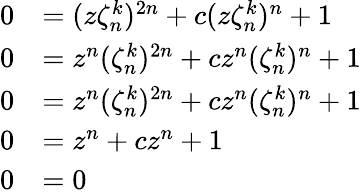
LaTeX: \begin{array}{rl}{0}&{=(z\zeta_{n}^{k})^{2n}+c(z\zeta_{n}^{k})^{n}+1}\\ {0}&{=z^{n}(\zeta_{n}^{k})^{2n}+cz^{n}(\zeta_{n}^{k})^{n}+1}\\ {0}&{=z^{n}(\zeta_{n}^{k})^{2n}+cz^{n}(\zeta_{n}^{k})^{n}+1}\\ {0}&{=z^{n}+cz^{n}+1}\\ {0}&{=0}\end{array}